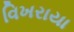
વિખરાયા